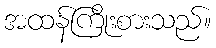
အထန်ကြိုးစားသည်။